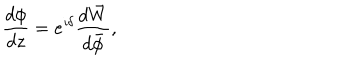
\frac { d \phi } { d z } = e ^ { \imath \delta } \frac { d \bar { W } } { d \bar { \phi } } ,